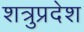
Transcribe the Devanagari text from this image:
शत्रुप्रदेश